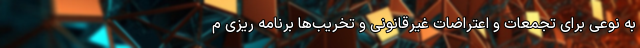
به نوعی برای تجمعات و اعتراضات غیرقانونی و تخریب‌ها برنامه ریزی م